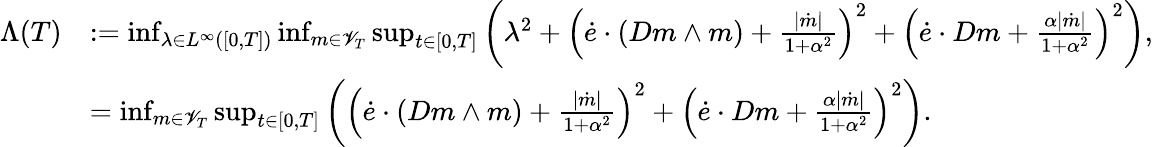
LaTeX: \begin{array}{rl}{\Lambda(T)}&{:=\operatorname*{inf}_{\lambda\in L^{\infty}([0,T])}\operatorname*{inf}_{m\in\mathscr{V}_{T}}\operatorname*{sup}_{t\in[0,T]}\left(\lambda^{2}+\left(\dot{e}\cdot(Dm\wedge m)+\frac{|\dot{m}|}{1+\alpha^{2}}\right)^{2}+\left(\dot{e}\cdot Dm+\frac{\alpha|\dot{m}|}{1+\alpha^{2}}\right)^{2}\right),}\\ &{=\operatorname*{inf}_{m\in\mathscr{V}_{T}}\operatorname*{sup}_{t\in[0,T]}\left(\left(\dot{e}\cdot(Dm\wedge m)+\frac{|\dot{m}|}{1+\alpha^{2}}\right)^{2}+\left(\dot{e}\cdot Dm+\frac{\alpha|\dot{m}|}{1+\alpha^{2}}\right)^{2}\right).}\end{array}